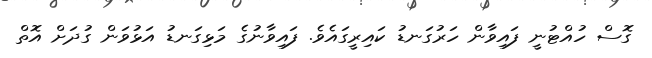
ގޮސް ހުއްޓުނީ ފައިވާން ހަރުގަނޑު ކައިރީގައެވެ. ފައިވާނުގެ މަޅިގަނޑު އަޅުވަން ގުދަށް އޮތް